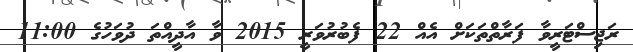
ރަޖިސްޓަރީވާ ފަރާތްތަކަށް އެއް 22 ފެބުރުވަރީ 2015 ވާ އާދީއްތަ ދުވަހުގެ 11:00